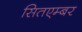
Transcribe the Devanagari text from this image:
सितएम्बर